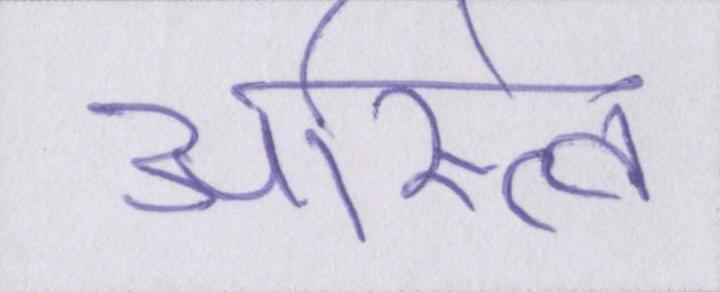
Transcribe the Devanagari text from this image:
अस्त्वि